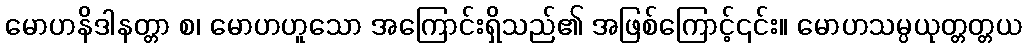
မောဟနိဒါနတ္တာ စ၊ မောဟဟူသော အကြောင်းရှိသည်၏ အဖြစ်ကြောင့်၎င်း။ မောဟသမ္ပယုတ္တတ္တယ